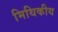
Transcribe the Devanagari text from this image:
मिथिकीय